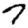
Digit: 7